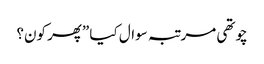
چوتھی مرتبہ سوال کیا ”پھر کون؟